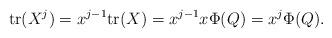
LaTeX: \begin{align*}\mathrm{tr} (X^j) =x^{j-1} \mathrm{tr} (X)= x^{j-1} x \Phi(Q)=x^j \Phi(Q).\end{align*}